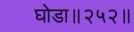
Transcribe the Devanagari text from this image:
घोडा॥२५२॥